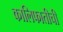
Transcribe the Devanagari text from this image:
कालिफातीची